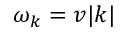
\omega _ { k } = v | k |